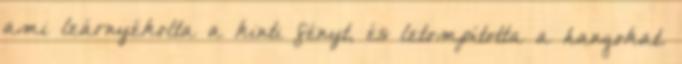
ami leárnyékolta a kinti fényt, és letompította a hangokat.